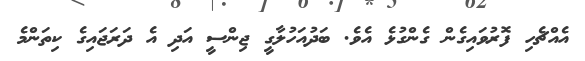
އެއްޗެހި ފޮރުވައިގެން ގެންގުޅެ އެވެ. ބަދުއަހުލާގީ ޖިންސީ އަދި އެ ދަރަޖައިގެ ކިތަންމެ